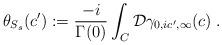
LaTeX: \begin{align*}\theta_{S_s}(c'):=\frac{-i}{\Gamma(0)}\int_{C}\mathcal{D}{\gamma}_{0,ic',\infty}(c)\;.\end{align*}